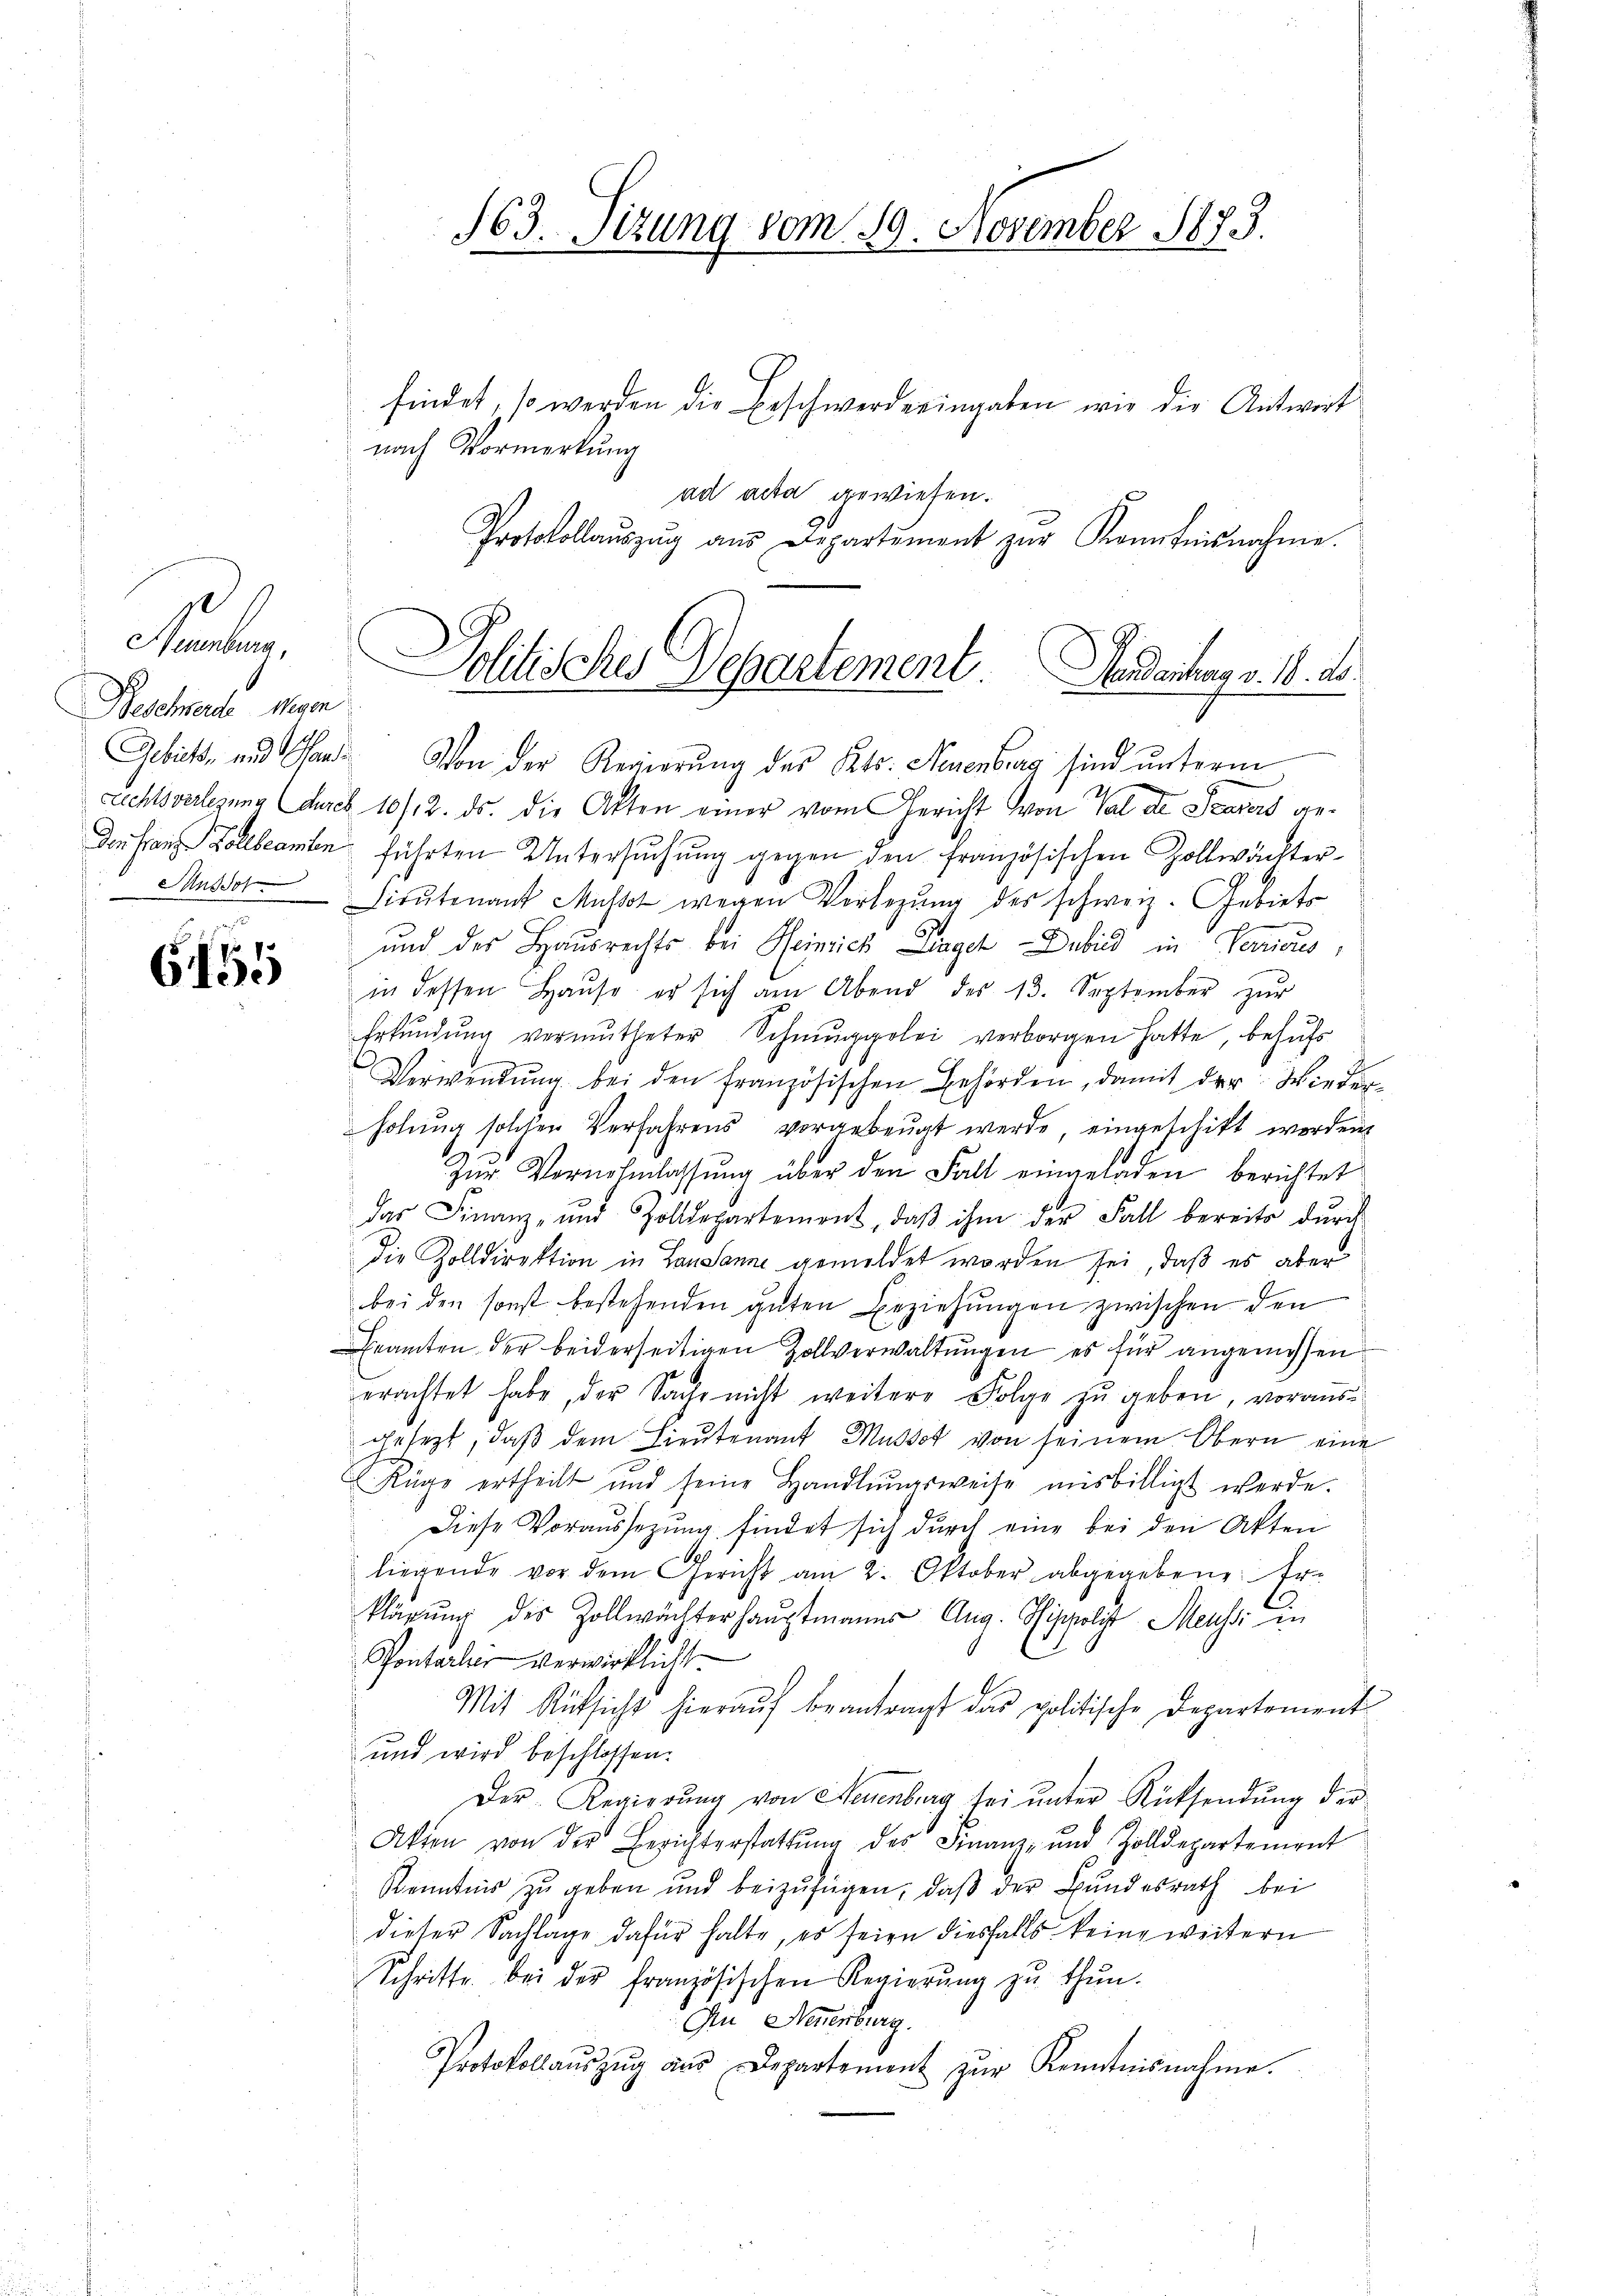
Beschwerde Wegen
Ansdor
e

G65

findet, so werden die Beschwerde eingaben wie die Antwort
nach Vormerkung
ad acta gewiesen.
Protokollaŭszŭg aŭs Departement zŭr Kenntnisnahme.

Gebiet, und Pand. Von der Regierŭng des Kts. Neuenburg sind unterm
richtsverlegung des 10/12. ds. die Akten einer vom Gericht von Val de Saarers ge¬
Den Frau Zollbeamten führten Untersuchung gegen den französischen Zollwächter¬
Lieŭtenant Musset wegen Vorlegŭng des schweiz. Gebiets
und der Hausrechts bei Heinrich Dingen Dubild in Verricus,
in dessen Haŭse er sich am Abend des 13. September zŭr
Erkŭndŭng vermutheter Schnŭggolei verborgen hatte, behufs
Verwendŭng bei den französischen Behörden, damit der Wiederholung solchen Verfahrens vorgebeugt werde, eingeschikt worden,
Zŭr Vernehmlassung über den Fall eingeladen berichtet
das Finanz- und Zolldepartement, daβ ihm der Fall bereits durch
Die Zolldirektion in Lausanne gemeldet worden sei, daß es aber
bei den sonst bestehenden guten Beziehŭngen zwischen den
Beamten der beiderseitigen Zollverwaltungen es für angemessen
erachtet habe, der Sache nicht weitere Folge zu geben, vorausgesezt, daß dem Lieutenant Mutter von seinem Obern eine
Rüge ertheilt und seine Handlŭngsweise misbilligt werde.
Diese Voraussezŭng findet sich durch eine bei den Akten
liegende vor dem Gericht am 2. Oktober abgegebene Er-
klärŭng des Zollwächterhaŭptmanns Aug. Sippolis Meussi in
Pontaler verwirklicht.
Mit Rücksicht hierauf beantragt das politische Departement
und wird beschlossen.
Der Regierŭng von Neuenburg sei ŭnter Rücksendŭng der
Akten von der Berichterstattŭng des Finanz- und Zolldepartement
Kenntnis zu geben und beizufügen, daβ der Bundesrath bei
dieser Sachlage dafür halte, es seien diesfalls keine weitern
Schritte bei der Französischen Regierŭng zŭ thŭn.
In Neuerberg.
Protokollaŭszŭg aŭs Departement zŭr Kenntnisnahme.

163. Sizung vom 19. November 1873.

Aumbung. Politisches Departement Andachungs. 18. d.